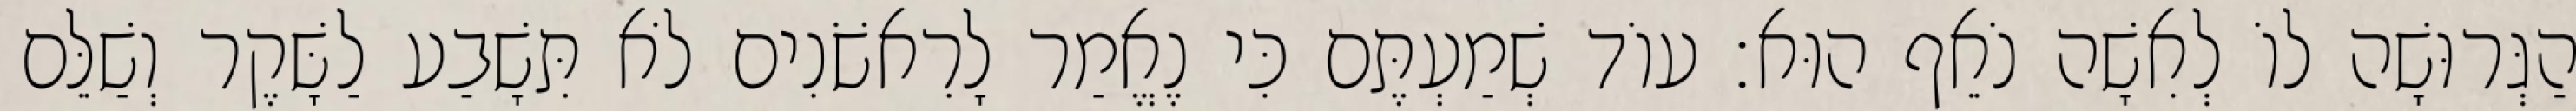
הַגְּרוּשָׁה לוֹ לְאִשָׁה נֹאֵף הוּא׃ עוֹד שְׁמַעְתֶּם כִּי נֶאֱמַר לָרִאשֹׁנִים לֹא תִּשָׁבַע לַשָּׁקֶר וְשַׁלֵּם